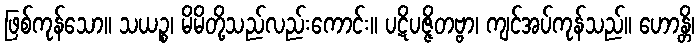
ဖြစ်ကုန်သော။ သယဉ္စ၊ မိမိတို့သည်လည်းကောင်း။ ပဋိပဇ္ဇိတဗ္ဗာ၊ ကျင်အပ်ကုန်သည်။ ဟောန္တိ၊